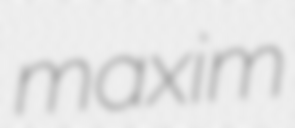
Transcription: maxim